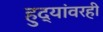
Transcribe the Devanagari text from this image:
हुद्यांवरही